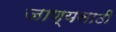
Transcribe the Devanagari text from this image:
जाण्यसाठी